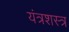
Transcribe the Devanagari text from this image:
यंत्रशस्त्र